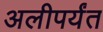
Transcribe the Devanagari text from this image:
अलीपर्यंत